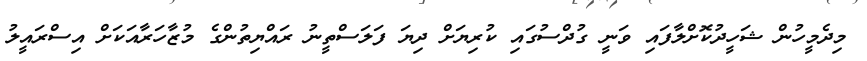
މިދެމީހުން ޝަހީދުކޮށްލާފައި ވަނީ ގުދްސުގައި ކުރިޔަށް ދިޔަ ފަލަސްތީނު ރައްޔިތުންގެ މުޒާހަރާއަކަށް އިސްރައީލު